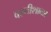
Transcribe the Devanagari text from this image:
वस्तीशाळा